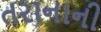
તરાનાની